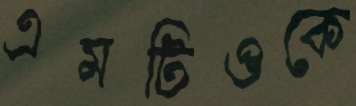
এমটিওকে